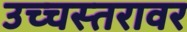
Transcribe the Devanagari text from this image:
उच्चस्तरावर